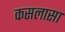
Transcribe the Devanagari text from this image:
कसलासा